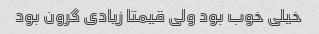
خیلی خوب بود ولی قیمتا زیادی گرون بود